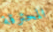
المحترقة